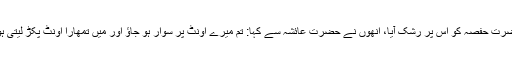
حضرت حفصہ کو اس پر رشک آیا، انھوں نے حضرت عائشہ سے کہا: تم میرے اونٹ پر سوار ہو جاؤ اور میں تمھارا اونٹ پکڑ لیتی ہوں۔